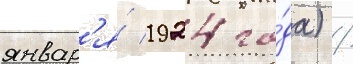
январ'я́ 1924 го́да) /